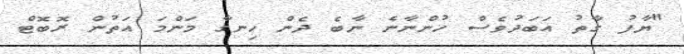
"ޔާފު ގާތު އަބަދުވެސް ހުންނާނެ ނާބެ ދެން ހިނގާ މަންމަ އަތުން ރޮބޮޓް